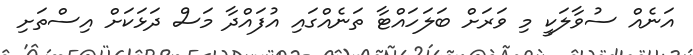
އަނެއް ސުވާލަކީ މި ވަރަށް ބަލަހައްޓާ ތަނެއްގައި އުފައްދާ މަސް ދަޅަކަށް އިސްތަށި